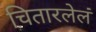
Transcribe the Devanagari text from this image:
चितारलेलं